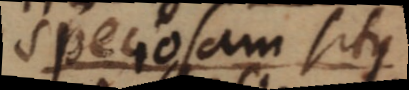
speciosam situs